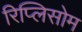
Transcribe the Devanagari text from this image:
रिप्लिसोम